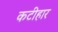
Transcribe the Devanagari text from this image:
कटीहार